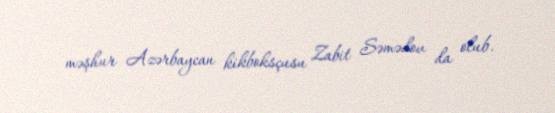
məşhur Azərbaycan kikboksçusu Zabit Səmədov da olub.